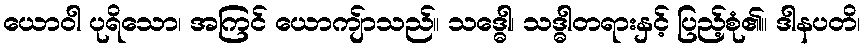
ယောဝါ ပုရိသော၊ အကြင် ယောကျ်ာသည်။ သဒ္ဓေါ၊ သဒ္ဓါတရားနှင့် ပြည့်စုံ၏။ ဒါနပတိ၊